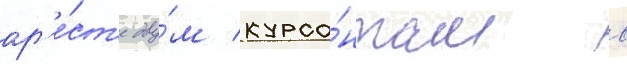
ар'е́ст'е дву́м курса́нтам в